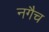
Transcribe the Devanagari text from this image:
नगैच